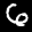
Label: 6